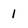
Character: 1